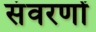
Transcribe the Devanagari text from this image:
संवरणों